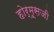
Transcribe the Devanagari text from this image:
होर्मूसजी